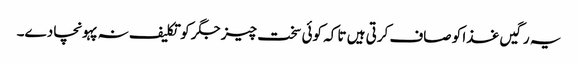
یہ رگیں غذا کو صاف کرتی ہیں تا کہ کوئی سخت چیز جگر کو تکلیف نہ پہونچا دے۔